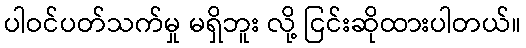
ပါဝင်ပတ်သက်မှု မရှိဘူး လို့ ငြင်းဆိုထားပါတယ်။